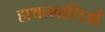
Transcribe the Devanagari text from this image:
हाथलवासिओं